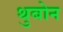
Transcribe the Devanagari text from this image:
थुबोन